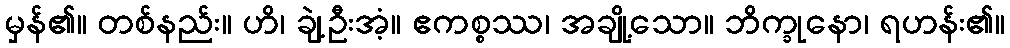
မှန်၏။ တစ်နည်း။ ဟိ၊ ချဲ့ဦးအံ့။ ဧကစ္စဿ၊ အချို့သော။ ဘိက္ခုနော၊ ရဟန်း၏။